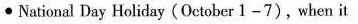
∙ Natioual Day Holiday ( October l-7 ) , when it